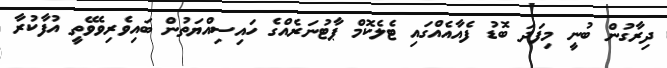
ދިރާގުން ބުނީ މިފަދަ ބޮޑު ފެއާއެއްގައި ޓެލެކޮމް ޕާޓުނަރެއްގެ ހައިސިއްޔަތުން ބައިވެރިވެވޭތީ އުފާކުރާ